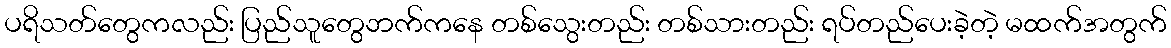
ပရိသတ်တွေကလည်း ပြည်သူတွေဘက်ကနေ တစ်သွေးတည်း တစ်သားတည်း ရပ်တည်ပေးခဲ့တဲ့ မထက်အတွက်